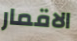
الاقمار